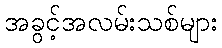
အခွင့်အလမ်းသစ်များ